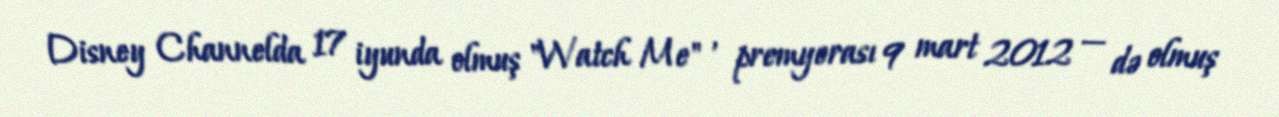
Disney Channelda 17 iyunda olmuş "Watch Me" , premyerası 9 mart 2012 — də olmuş